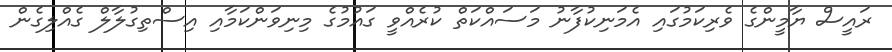
ރައީސް ޔާމީންގެ ވެރިކަމުގައި އެމަނިކުފާނު މަސައްކަތް ކުރެއްވީ ގައުމުގެ މިނިވަންކަމާއި އިސްތިގުލާލް ގެއްލިގެން